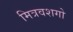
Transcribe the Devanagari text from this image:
मित्रवशगो